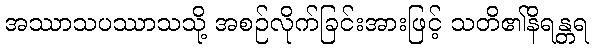
အဿာသပဿာသသို့ အစဉ်လိုက်ခြင်းအားဖြင့် သတိ၏နိရန္တရ